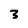
Character: 3